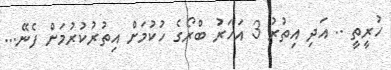
ހުރީތީ .. އަދި އިތުރު 3 އަހަރު ބްރޯގެ ހުކުމަށް އިތުރުކުރުމަށް ފެނޭ...